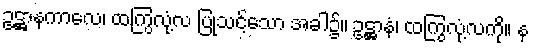
ဥဋ္ဌာနကာလေ၊ ထကြွလုံ့လ ပြုသင့်သော အခါ၌။ ဥဋ္ဌာနံ၊ ထကြွလုံ့လကို။ န